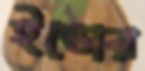
ইভোর